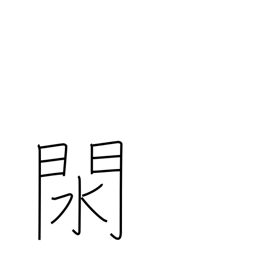
Meaning: pan for gold